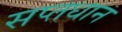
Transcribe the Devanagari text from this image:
सप्तधान